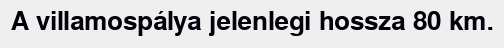
A villamospálya jelenlegi hossza 80 km.